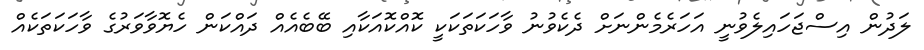
ލަދުން އިސްޖަހައިލެވުނީ އަހަރެމެންނަށް ދެކެވުނު ވާހަކަތަކަކީ ކޮއްކޮއަކާއި ބޭބެއެއް ދައްކަން ހެޔޮވާވަރުގެ ވާހަކަތަކެއް